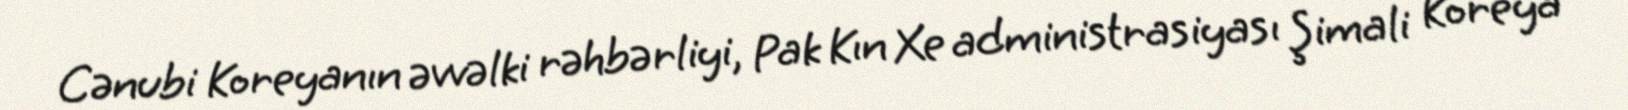
Cənubi Koreyanın əvvəlki rəhbərliyi, Pak Kın Xe administrasiyası Şimali Koreya